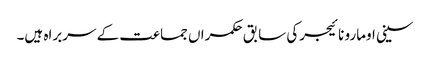
سینی اومارو نائیجرکی سابق حکمراں جماعت کے سربراہ ہیں۔